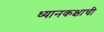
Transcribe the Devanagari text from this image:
ध्यानकक्षाची